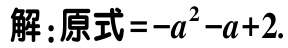
解：原式\(=-a^{2}-a + 2\).